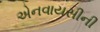
એનવાયસીની